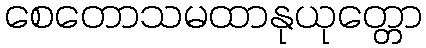
စေတောသမထာနုယုတ္တော